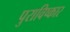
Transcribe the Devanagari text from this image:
पुराविष्कार